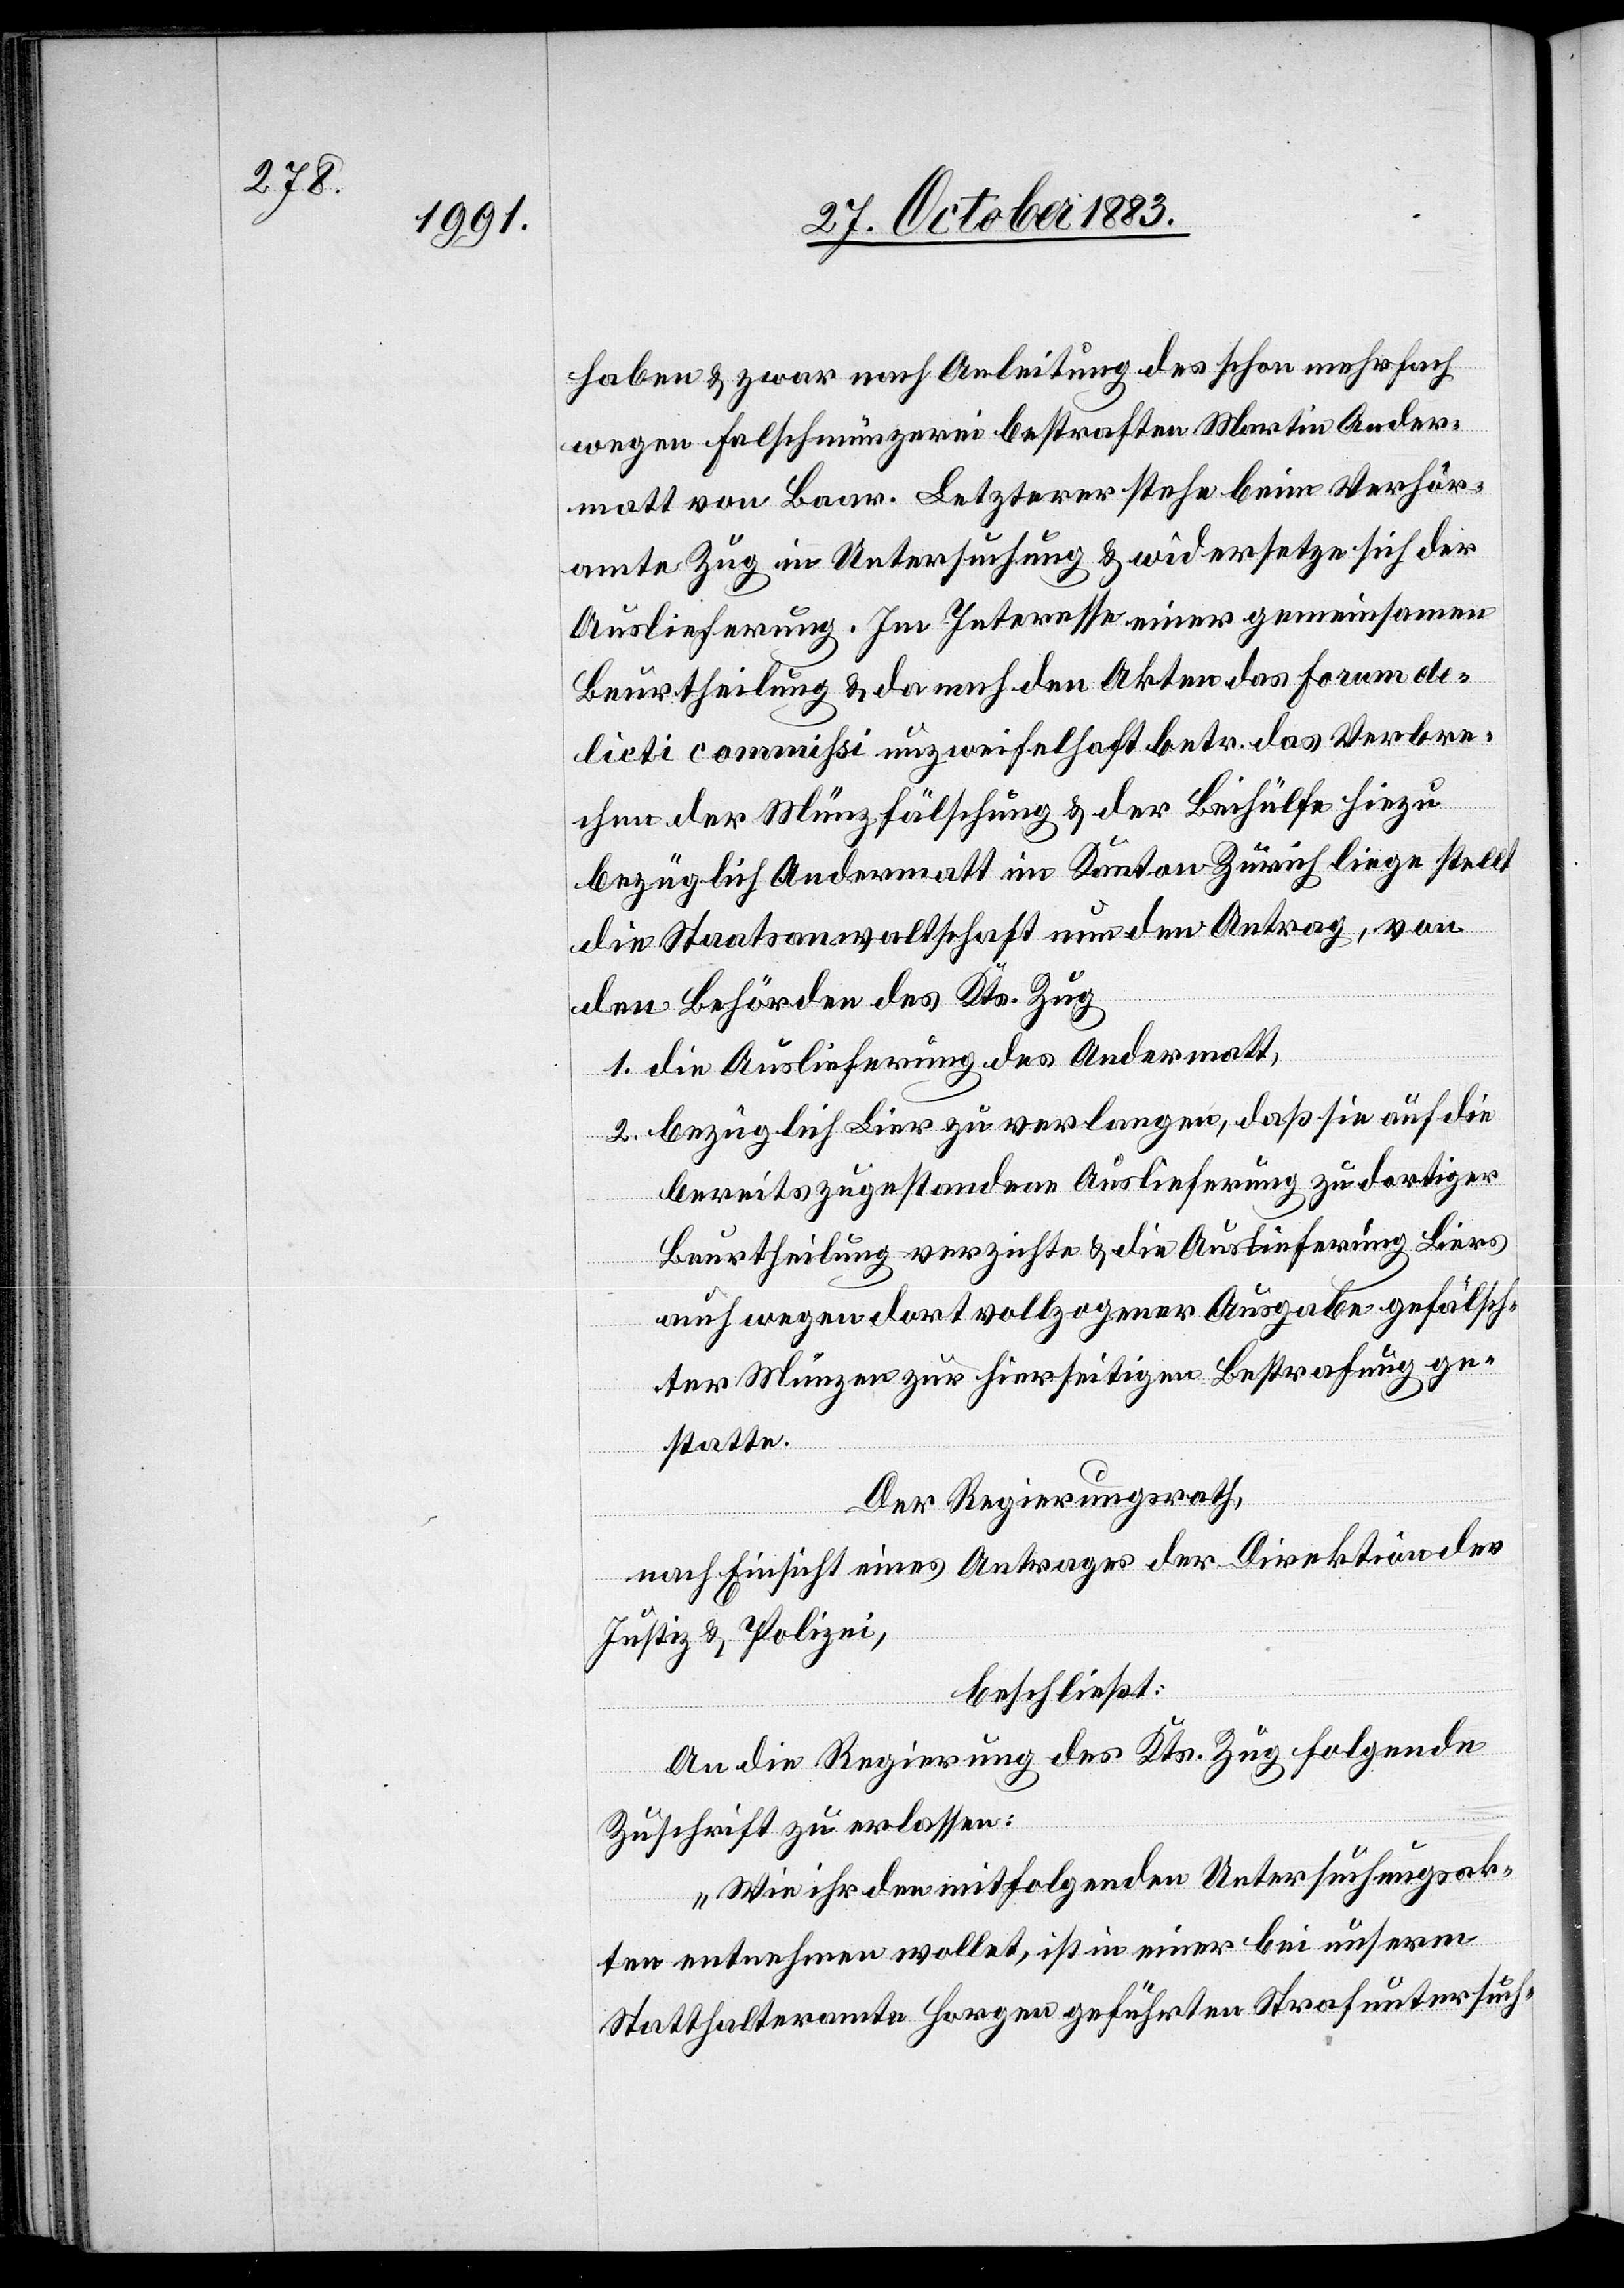
haben & zwar nach Anleitung des schon mehrfach
wegen Falschmünzerei bestraften Martin Ander¬
matt von Baar. Letzterer stehe beim Verhör¬
amte Zug in Untersuchung & widersetze sich der
Auslieferung. Im Interesse einer gemeinsamen
Beurtheilung & da nach den Akten das Forum de¬
licti commißi unzweifelhaft betr. das Verbre¬
chen der Münzfälschung & der Beihülfe hiezu
bezüglich Andermatt im Kanton Zürich liege stellt
die Staatsanwaltschaft nun den Antrag, von
den Behörden des Kts. Zug
1. die Auslieferung des Andermatt,
2. bezüglich Lier zu verlangen, daß sie auf die
bereits zugestandene Auslieferung zu dortiger
Beurtheilung verzichte & die Auslieferung Liers
auch wegen dort vollzogener Ausgabe gefälsch¬
ter Münzen zur hierseitigen Bestrafung ge¬
statte.
Der Regierungsrath,
nach Einsicht eines Antrages der Direktion der
Justiz & Polizei,
beschließt:
An die Regierung des Kts. Zug folgende
Zuschrift zu erlassen:
„Wie ihr den mitfolgenden Untersuchungsak¬
ten entnehmen wollet, ist einer bei unserm
Statthalteramte Horgen geführten Strafuntersuch-